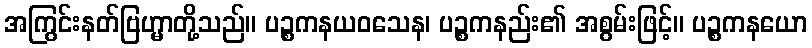
အကြွင်းနတ်ဗြဟ္မာတို့သည်။ ပဉ္စကနယဝသေန၊ ပဉ္စကနည်း၏ အစွမ်းဖြင့်။ ပဉ္စကနယော